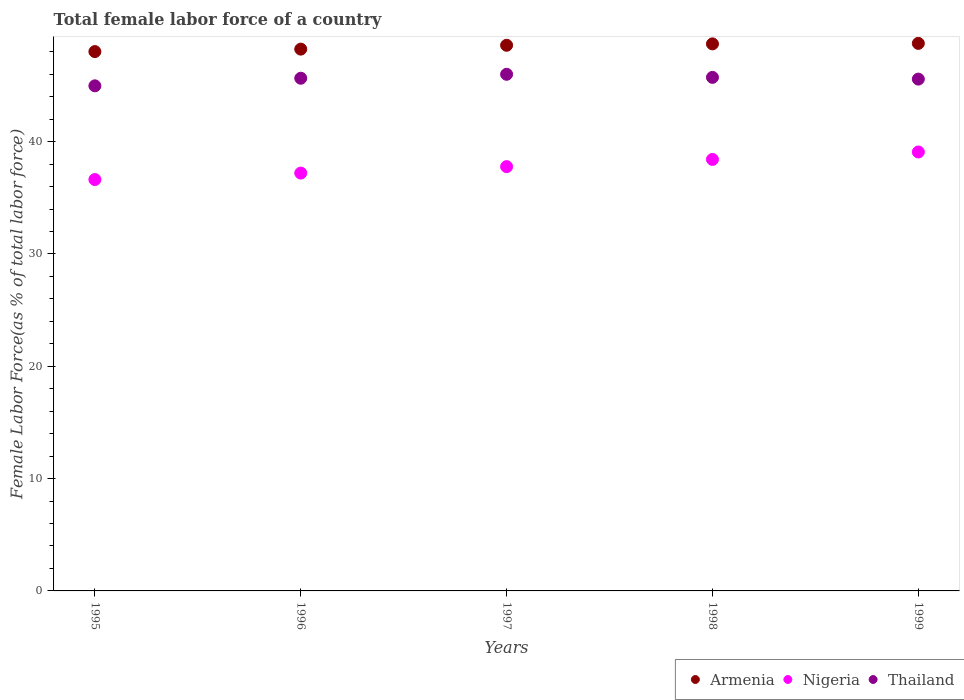
| Years | Armenia | Nigeria | Thailand |
 | --- | --- | --- | --- |
 | 1995 | 48 | 36.6 | 45 |
 | 1996 | 48.2 | 37.2 | 45.6 |
 | 1997 | 48.6 | 37.8 | 46 |
 | 1998 | 48.7 | 38.4 | 45.7 |
 | 1999 | 48.7 | 39.1 | 45.6 |